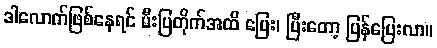
ဒါလောက်ဖြစ်နေရင် မီးပြတိုက်အထိ ပြေး၊ ပြီးတော့ ပြန်ပြေးလာ။